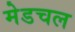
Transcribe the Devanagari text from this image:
मेडचल